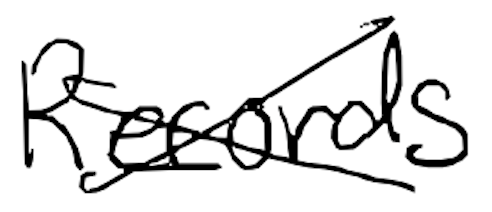
Text: Records
Cross-out: cross
Writing tool: digital_black